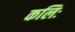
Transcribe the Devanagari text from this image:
कलिः